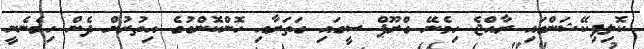
ކޮލިފިކޭޝަންގައި ރާއްޖެ ހިމެނޭ ގްރޫޕް ސީގައި ގަތަރާއި ހޮންކޮންގުގެ އިތުރުން ދެން ހިމެނެނީ